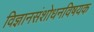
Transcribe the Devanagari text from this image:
विज्ञानसंशोधनविषयक